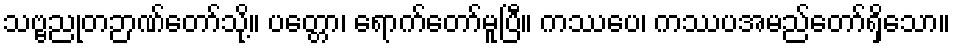
သဗ္ဗညုတဉာဏ်တော်သို့။ ပတ္တော၊ ရောက်တော်မူပြီ။ ကဿပေ၊ ကဿပအမည်တော်ရှိသော။